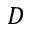
D